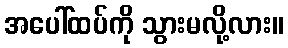
အပေါ်ထပ်ကို သွားမလို့လား။